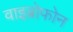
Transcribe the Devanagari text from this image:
वाइब्रोफोन